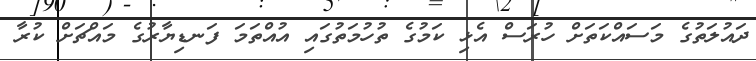
ދައުލަތުގެ މަސައްކަތަށް ހުރަސް އެޅި ކަމުގެ ތުހުމަތުގައި އުއްތަމަ ފަނޑިޔާރުގެ މައްޗަށް ކުރާ